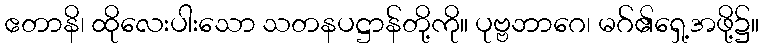
ဧတာနိ၊ ထိုလေးပါးသော သတနပဋ္ဌာန်တို့ကို။ ပုဗ္ဗဘာဂေ၊ မဂ်၏ရှေ့အဖို့၌။